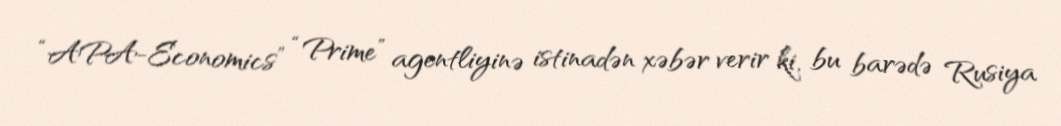
“APA-Economics” “Prime” agentliyinə istinadən xəbər verir ki, bu barədə Rusiya